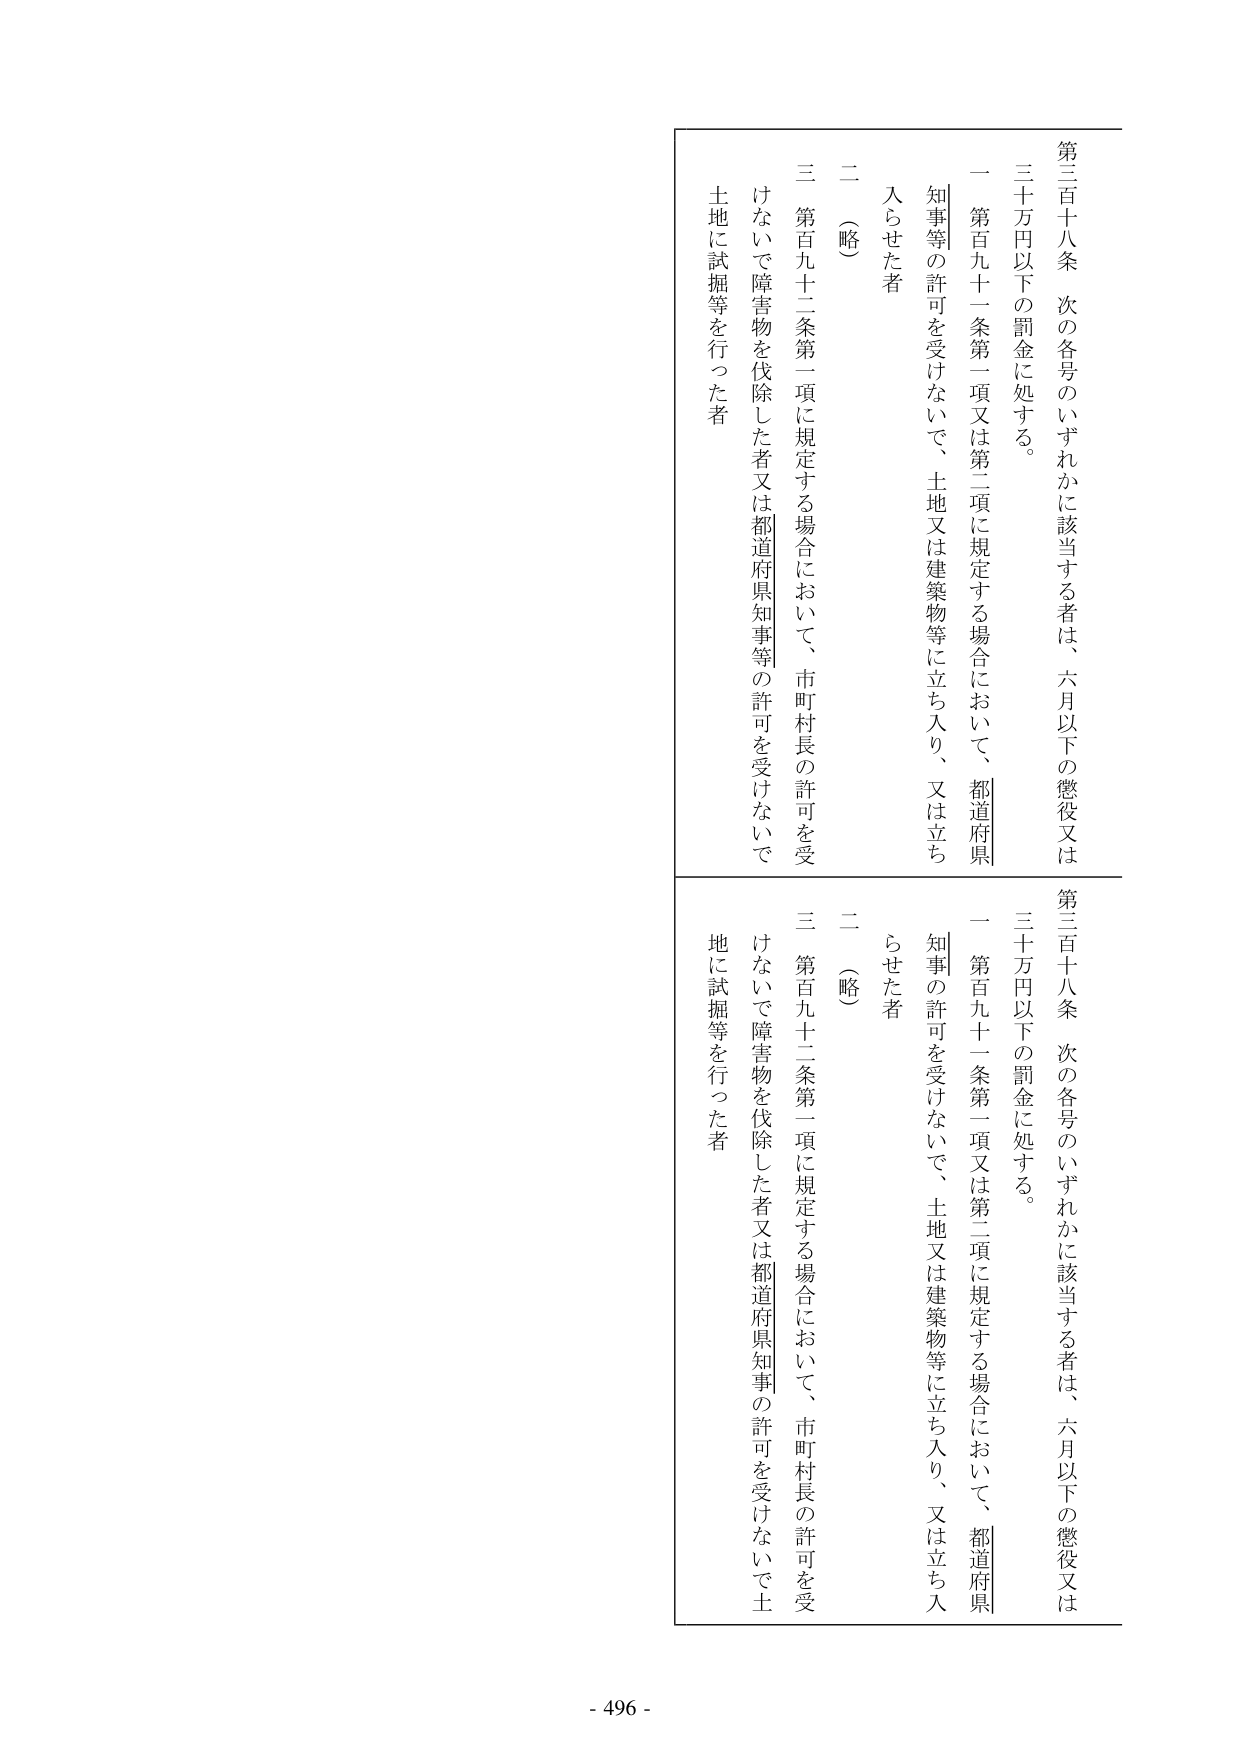
第三百十八条 次の各号のいずれかに該当する者は、六月以下の懲役又は三十万円以下の罰金に処する。
一 第百九十一条第一項又は第二項に規定する場合において、都道府県知事等の許可を受けないで、土地又は建築物等に立ち入り、又は立ち入らせた者
二 （略）
三 第百九十二条第一項に規定する場合において、市町村長の許可を受けないで障害物を伐除した者又は都道府県知事等の許可を受けないで土地に試掘等を行った者

第三百十八条 次の各号のいずれかに該当する者は、六月以下の懲役又は三十万円以下の罰金に処する。
一 第百九十一条第一項又は第二項に規定する場合において、都道府県知事の許可を受けないで、土地又は建築物等に立ち入り、又は立ち入らせた者
二 （略）
三 第百九十二条第一項に規定する場合において、市町村長の許可を受けないで障害物を伐除した者又は都道府県知事の許可を受けないで土地に試掘等を行った者

- 496 -